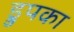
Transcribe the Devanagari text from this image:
ड्रुपका